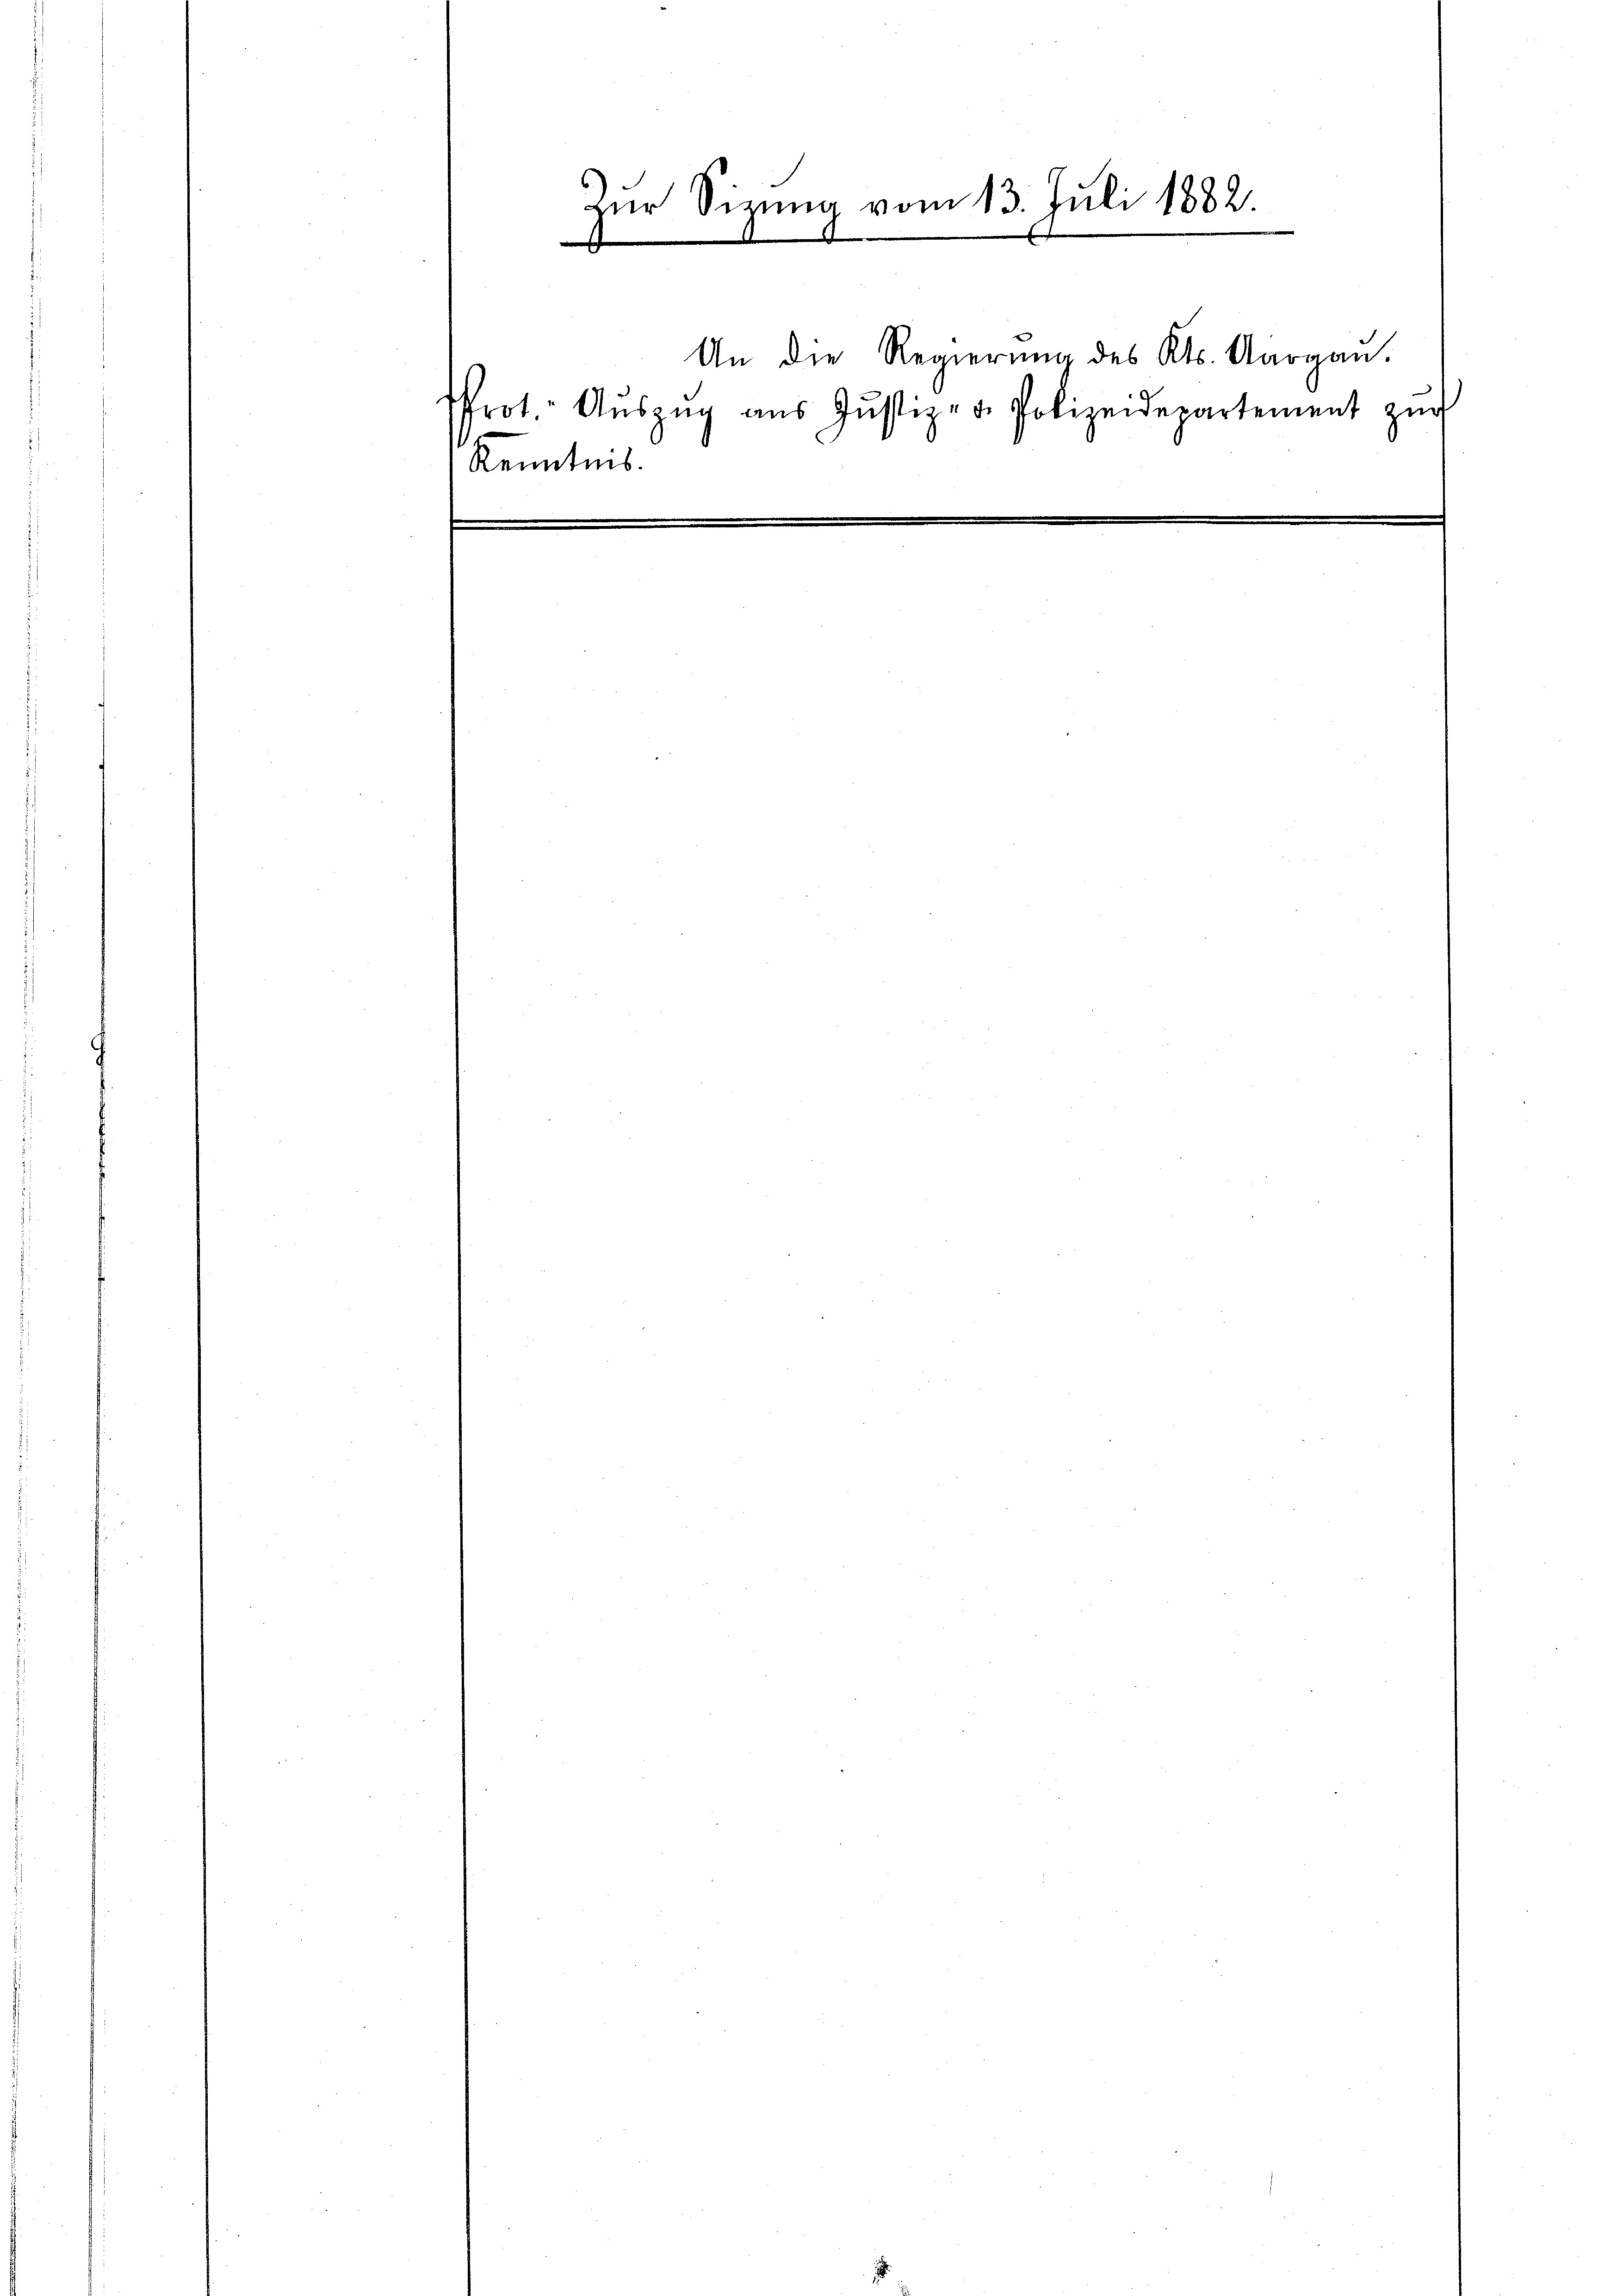
Zur Sizung vom 13. Juli 1882.
msch
An die Regierŭng des Kts. Aargau.
Prot. Aŭszŭg aŭs Jŭstiz- u. Polizeidepartement zŭr
Kenntnis.